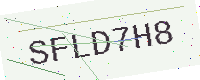
Text: SFLD7H8